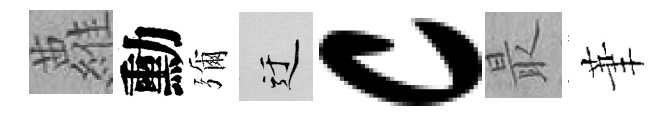
蘿勳彌迂c最茟